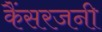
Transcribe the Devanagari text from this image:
कैंसरजनी